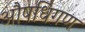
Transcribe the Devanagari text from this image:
औषधिगण